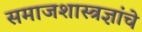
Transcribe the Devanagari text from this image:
समाजशास्त्रज्ञांचे